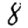
Digit: 8